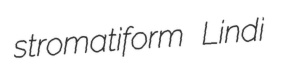
stromatiform Lindi